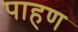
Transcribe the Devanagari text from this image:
पाहण